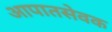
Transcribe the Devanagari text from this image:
आपातसेवक